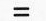
=